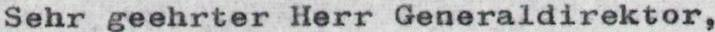
Sehr geehrter Herr Generaldirektor,